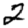
Digit: 2